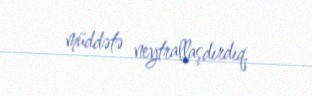
müddətə neytrallaşdırdıq.